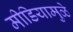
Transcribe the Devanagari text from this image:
मीडियामुळे